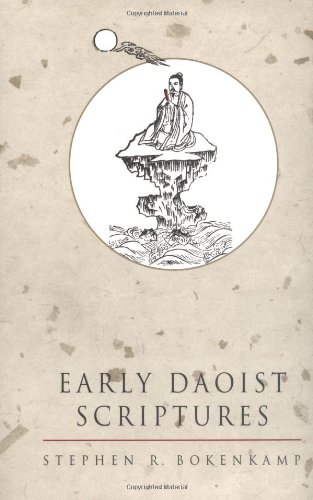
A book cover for Early Daoist Scriptures (Daoist Classics , No 1); Stephen R. Bokenkamp; Religion & Spirituality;